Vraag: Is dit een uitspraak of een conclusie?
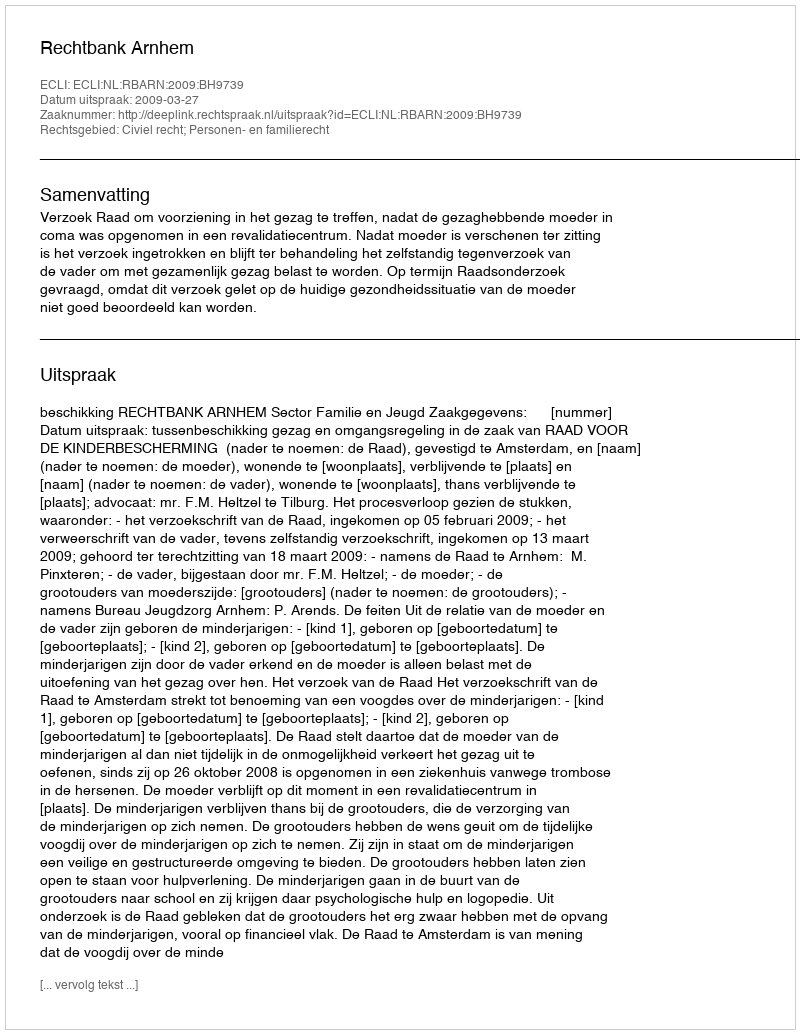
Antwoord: Uitspraak